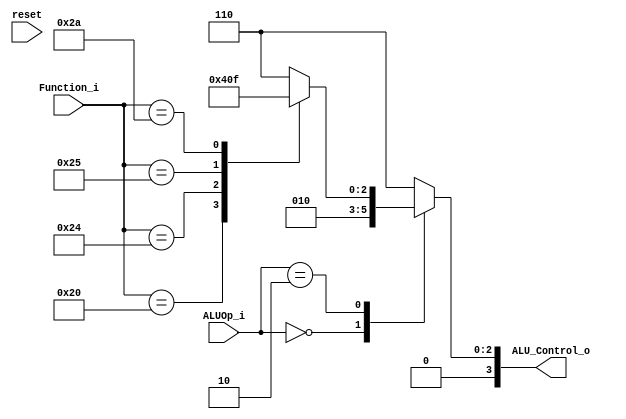
`timescale 1ns / 1ps

module ALU_Control(
         reset,
         ALUOp_i,
         Function_i,
         ALU_Control_o
    );
    
    input reset;     
    input [1:0] ALUOp_i;
    input [5:0] Function_i;
    output reg [3:0] ALU_Control_o;
    
    always @(*) begin
        case(ALUOp_i)
            2'b00 : begin
                ALU_Control_o = 4'b0010; //add //LW //SW
            end
            2'b01 : begin
                ALU_Control_o = 4'b0110; //substract //Branch Equal
            end
            2'b10 : begin
                case(Function_i)
                    6'b100000 : begin
                        ALU_Control_o = 4'b0010; //add //R-type
                    end
                    6'b100010 : begin
                        ALU_Control_o = 4'b0110; //substract //R-type
                    end
                    6'b100100 : begin
                        ALU_Control_o = 4'b0000; //AND //R-type
                    end
                    6'b100101 : begin
                        ALU_Control_o = 4'b0001; //OR //R-type
                    end
                    6'b101010 : begin
                        ALU_Control_o = 4'b0111; //set on less than //R-type
                    end 
                    default : begin
                        ALU_Control_o = 4'b0110;
                    end                   
                endcase
                
            end
            
            default : begin
                ALU_Control_o = 4'b0110; 
            end
                                
        
        endcase
    
    end
    
    
    
endmodule